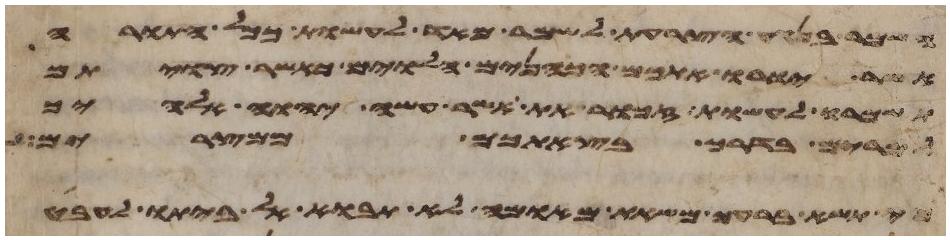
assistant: השמר בנגע הצרעת לשמר מאד לעשות ככל התורה
אשר יורו אתכם הכהנים הלוים כאשר צויתם
תשמרו לעשות זכור את אשר עשה יהוה אלהיך
למרים בדרך בצאתכם ממצרים
כי תשא ברעך משאת מאומה לא תבוא אל ביתו לעבט